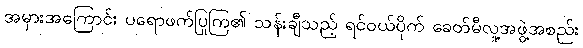
အမှားအကြောင်း ပရောဖက်ပြုကြ၏ သန်းချီသည့် ရင်ဝယ်ပိုက် ခေတ်မီလူ့အဖွဲ့အစည်း